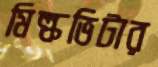
মিল্কভিটার